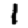
Digit: 1